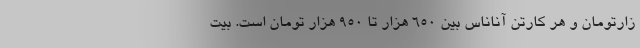
زارتومان و هر کارتن آناناس بین ۶۵۰ هزار تا ۹۵۰ هزار تومان است. بیت